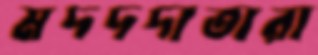
মদদদাতারা